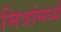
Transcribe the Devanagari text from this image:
मित्रांमध्ये